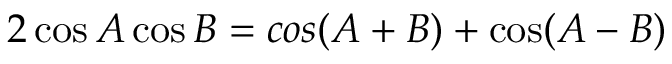
2 \cos A \cos B = c o s ( A + B ) + \cos ( A - B )